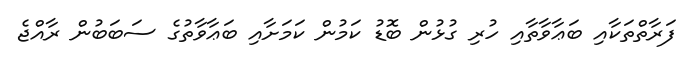
ފަރާތްތަކާއި ބަޢާވާތާއި ހުރި ގުޅުން ބޮޑު ކަމުން ކަމަށާއި ބަޢާވާތުގެ ސަބަބުން ރާއްޖެ